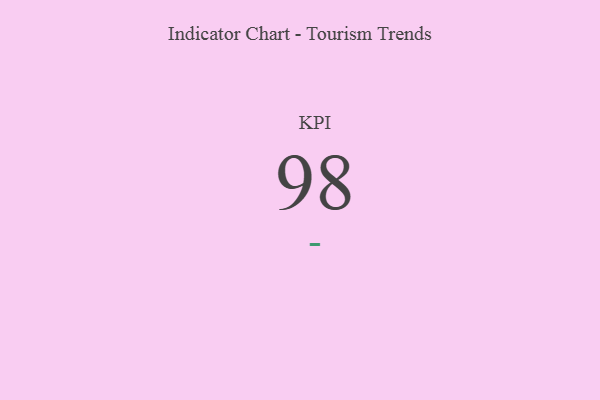
{"axis": {"x": "KPI", "y": "Value"}, "legend": [""], "data": [{"x": "KPI", "y": 98, "type": ""}]}